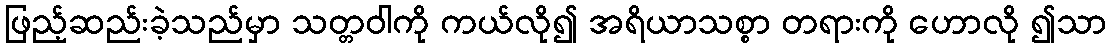
ဖြည့်ဆည်းခဲ့သည်မှာ သတ္တဝါကို ကယ်လို၍ အရိယာသစ္စာ တရားကို ဟောလို ၍သာ